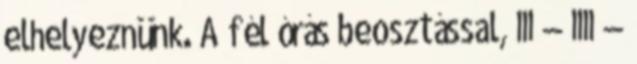
elhelyeznünk. A fél órás beosztással, III — IIII —